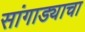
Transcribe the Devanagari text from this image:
सांगाड्याचा